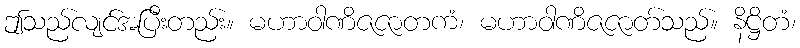
ဤသည်လျင်အပြီးတည်း။ မဟာဝါဏိဇဇာတကံ၊ မဟာဝါဏိဇဇာတ်သည်။ နိဋ္ဌိတံ၊